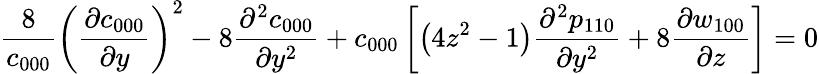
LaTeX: \frac{8}{c_{000}}\left(\frac{\partial c_{000}}{\partial y}\right)^{2}-8\frac{\partial^{2}c_{000}}{\partial y^{2}}+c_{000}\left[\left(4z^{2}-1\right)\frac{\partial^{2}p_{110}}{\partial y^{2}}+8\frac{\partial w_{100}}{\partial z}\right]=0